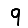
Digit: 9